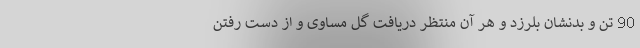
90 تن و بدنشان بلرزد و هر آن منتظر دریافت گل مساوی و از دست رفتن